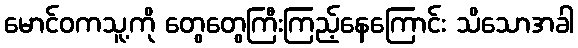
မောင်ဝကသူ့ကို တွေတွေကြီးကြည့်နေကြောင်း သိသောအခါ